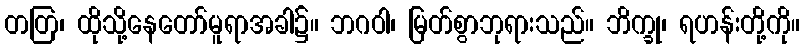
တတြ၊ ထိုသို့နေတော်မူရာအခါ၌။ ဘဂဝါ၊ မြတ်စွာဘုရားသည်။ ဘိက္ခု၊ ရဟန်းတို့ကို။